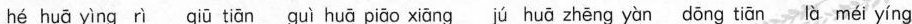
hé huā yìng rì qiū tiān guì huā piāo xiāng jú huā zhēng yàn dōng tiān là méí yíng